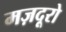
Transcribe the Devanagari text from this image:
मज़दूरो